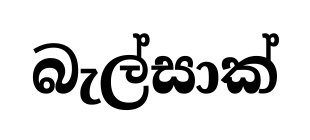
බැල්සාක්